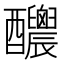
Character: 𨤉